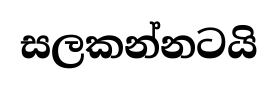
සලකන්නටයි